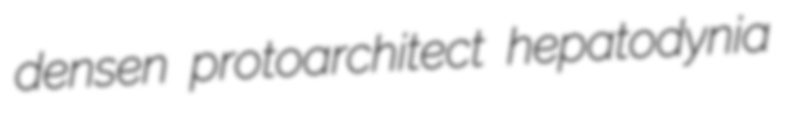
densen protoarchitect hepatodynia